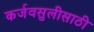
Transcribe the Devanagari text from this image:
कर्जवसुलीसाठी